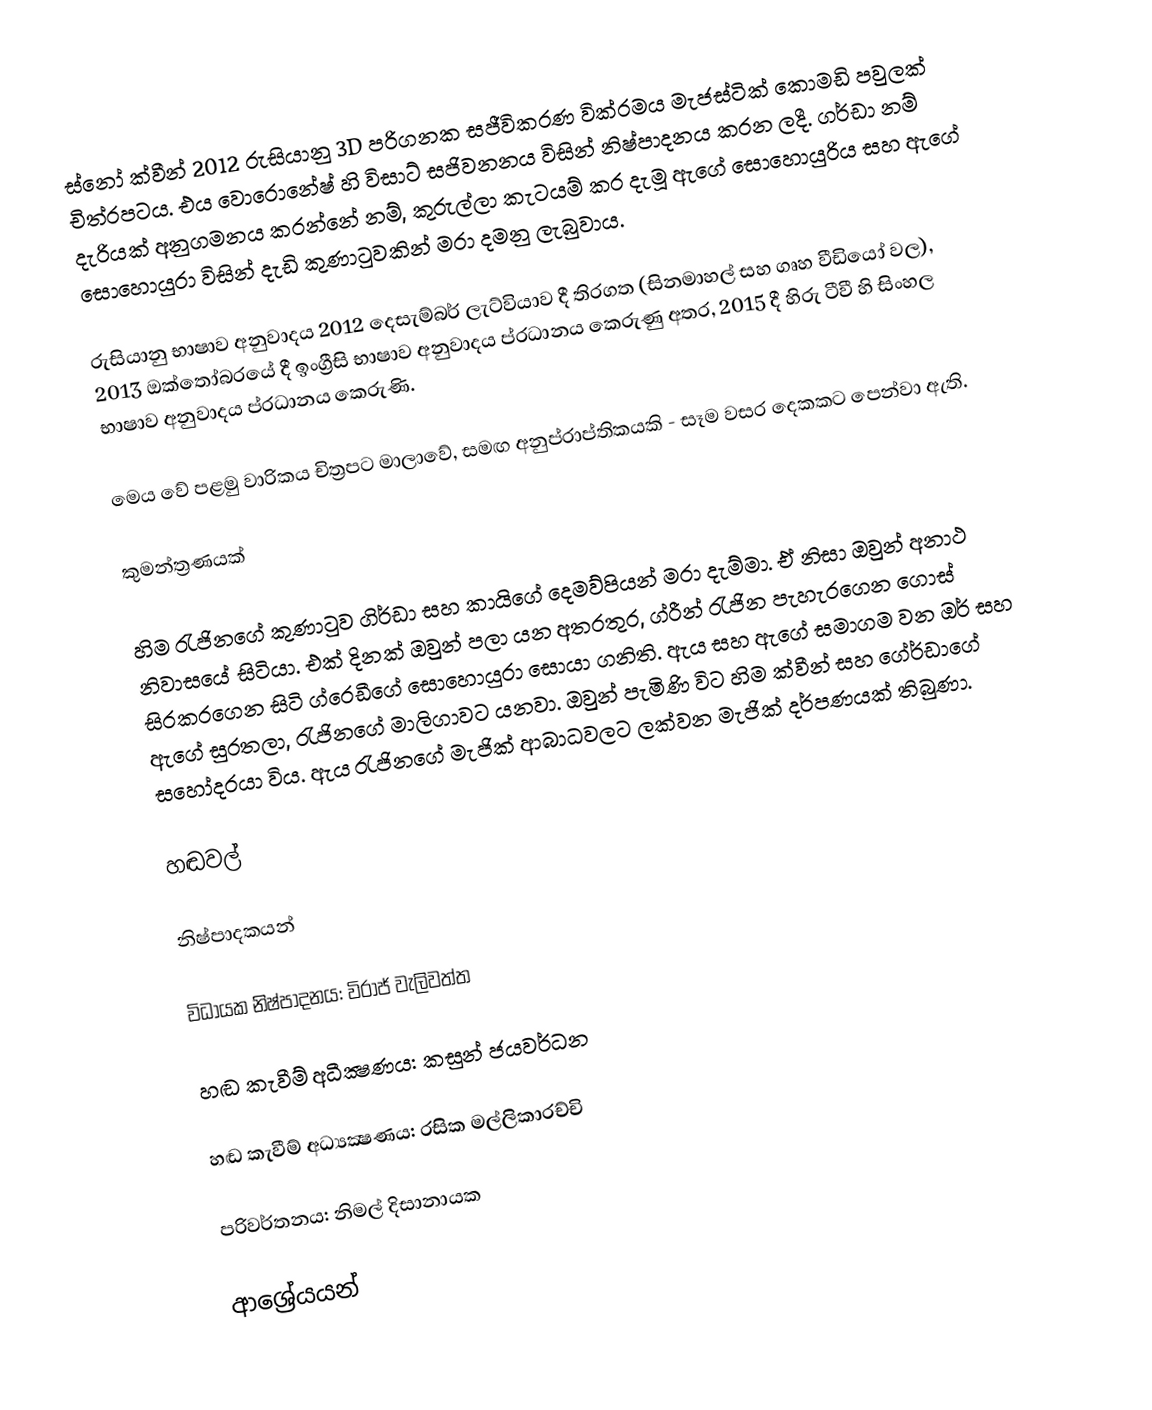
ස්නෝ ක්වීන් 2012 රුසියානු 3D පරිගනක සජීවිකරණ වික්රමය මැජස්ටික් කොමඩි පවුලක් චිත්රපටය. එය වොරොනේෂ් හි විසාට් සජිවනනය විසින් නිෂ්පාදනය කරන ලදී. ගර්ඩා නම් දැරියක් අනුගමනය කරන්නේ නම්, කුරුල්ලා කැටයම් කර දැමූ ඇගේ සොහොයුරිය සහ ඇගේ සොහොයුරා විසින් දැඩි කුණාටුවකින් මරා දමනු ලැබුවාය.

රුසියානු භාෂාව අනුවාදය 2012 දෙසැම්බර් ලැට්වියාව දී තිරගත (සිනමාහල් සහ ගෘහ වීඩියෝ වල), 2013 ඔක්තෝබරයේ දී ඉංග්‍රීසි භාෂාව අනුවාදය ප්රධානය කෙරුණු අතර, 2015 දී හිරු ටීවී හි සිංහල භාෂාව අනුවාදය ප්රධානය කෙරුණි.

මෙය වේ පළමු වාරිකය චිත්‍රපට මාලාවේ, සමඟ අනුප්රාප්තිකයකි - සෑම වසර දෙකකට පෙන්වා ඇති.

කුමන්ත්‍රණයක්

හිම රැජිනගේ කුණාටුව ගිර්ඩා සහ කායිගේ දෙමව්පියන් මරා දැම්මා. ඒ නිසා ඔවුන් අනාථ නිවාසයේ සිටියා. එක් දිනක් ඔවුන් පලා යන අතරතුර, ග්රීන් රැජින පැහැරගෙන ගොස් සිරකරගෙන සිටි ග්රෙඩීගේ සොහොයුරා සොයා ගනිති. ඇය සහ ඇගේ සමාගම වන ඔර් සහ ඇගේ සුරතලා, රැජිනගේ මාලිගාවට යනවා. ඔවුන් පැමිණි විට හිම ක්වීන් සහ ගේර්ඩාගේ සහෝදරයා විය. ඇය රැජිනගේ මැජික් ආබාධවලට ලක්වන මැජික් දර්පණයක් තිබුණා.

හඬවල්

නිෂ්පාදකයන්

විධායක නිෂ්පාදනය: විරාජ් වැලිවත්ත

හඬ කැවීම් අධීක්‍ෂණය: කසුන් ජයවර්ධන

හඬ කැවීම් අධ්‍යක්‍ෂණය: රසික මල්ලිකාරච්චි

පරිවර්තනය: නිමල් දිසානායක

ආශ්‍රේයයන්